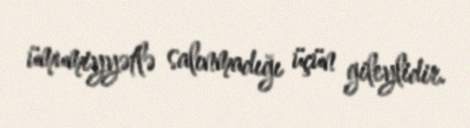
ümumiyyətlə salınmadığı üçün gileylidir.